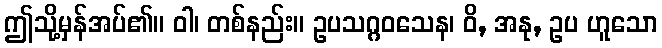
ဤသို့မှန်အပ်၏။ ဝါ၊ တစ်နည်း။ ဥပသဂ္ဂဝသေန၊ ဝိ, အနု, ဥပ ဟူသော